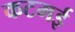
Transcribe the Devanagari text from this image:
कटमई